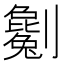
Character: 劖